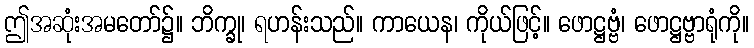
ဤအဆုံးအမတော်၌။ ဘိက္ခု၊ ရဟန်းသည်။ ကာယေန၊ ကိုယ်ဖြင့်။ ဖောဋ္ဌဗ္ဗံ၊ ဖောဋ္ဌဗ္ဗာရုံကို။